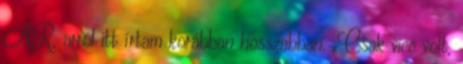
AR, arról itt írtam korábban hosszabban. „Csak vicc volt,